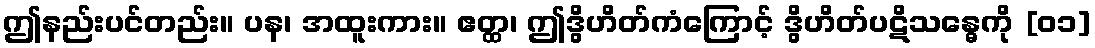
ဤနည်းပင်တည်း။ ပန၊ အထူးကား။ ဧတ္ထ၊ ဤဒွိဟိတ်ကံကြောင့် ဒွိဟိတ်ပဋိသန္ဓေကို [၀၁]